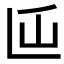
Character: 𰀵